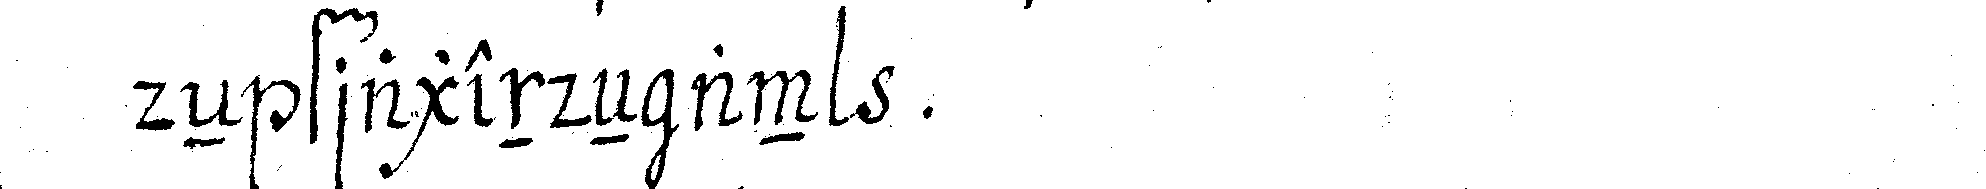
deN fragendeN an  .